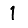
Digit: 1